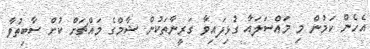
އެހެން ކަމުން މި މައްސަލައާ ގުޅިފައިވާ ގަރީނާތަކުން ޝާމްގެ މައްޗަށް ކުށް ސާބިތުވާ